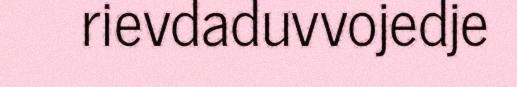
rievdaduvvojedje